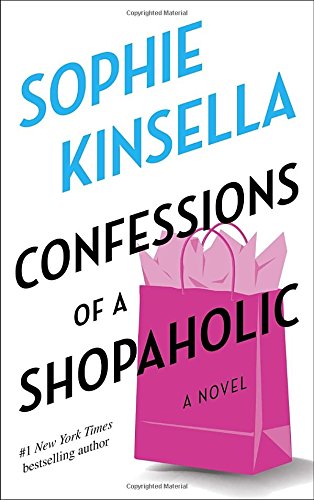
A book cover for Confessions of a Shopaholic (Shopaholic, No 1); Sophie Kinsella; Romance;